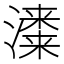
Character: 𱩣